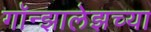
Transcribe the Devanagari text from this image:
गॉन्झालेझच्या